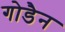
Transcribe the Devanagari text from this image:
गोडैन